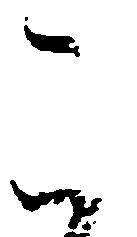
こ